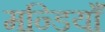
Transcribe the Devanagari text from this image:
मन्डियाँ